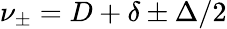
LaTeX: {\nu_{\pm}=D+\delta\pm\Delta/2}